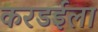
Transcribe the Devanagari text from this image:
करडईला